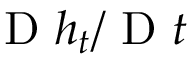
\textnormal { D } h _ { t } / \textnormal { D } t